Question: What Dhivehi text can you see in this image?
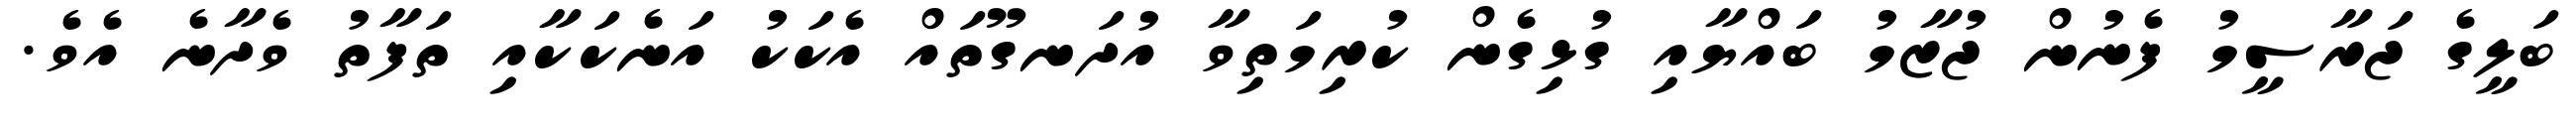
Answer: ބަލީގެ ޖަރާސީމު ފެނުން ޖުޒާމު ބައްޔާއި ގުޅިގެން ކުރިމަތިވާ އުދަނގޫތައް އެކަކު އަނެކަކާއި ތަފާތު ވެދާނެ އެވެ.